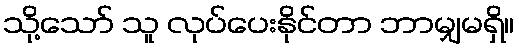
သို့သော် သူ လုပ်ပေးနိုင်တာ ဘာမျှမရှိ။